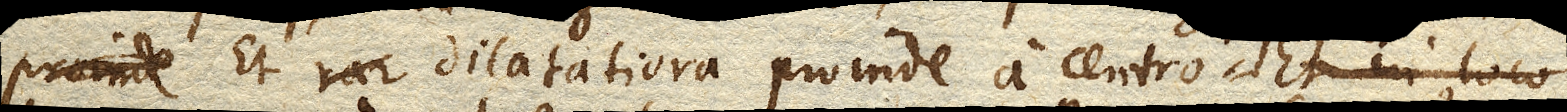
Et dilatatiora proinde a centro. Et in loco